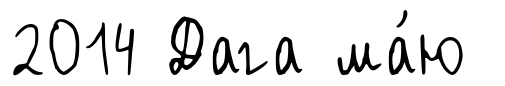
2014 Дага ма́ю